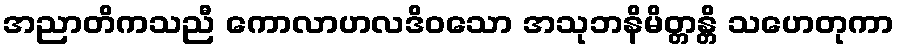
အညာတိကသညီ ကောလာဟလဒိဝသော အသုဘနိမိတ္တန္တိ သဟေတုကာ